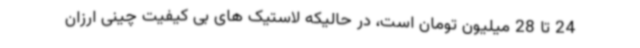
24 تا 28 میلیون تومان است، در حالیکه لاستیک های بی کیفیت چینی ارزان